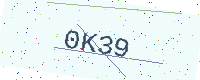
Text: 0K39